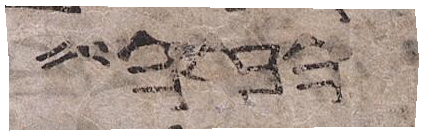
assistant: הבו